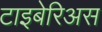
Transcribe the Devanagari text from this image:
टाइबेरिअस